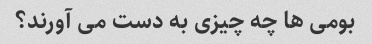
بومی ها چه چیزی به دست می آورند؟